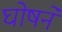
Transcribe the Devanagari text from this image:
घोषने